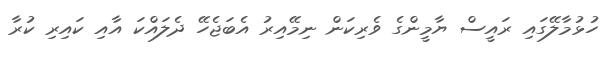
ހުޅުމާލޭގައި ރައީސް ޔާމީންގެ ވެރިކަން ނިމޭއިރު އެބަޖެހޭ ދެލައްކަ އާއި ކައިރި ކުރާ